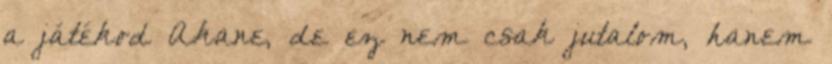
a játékod Akane, de ez nem csak jutalom, hanem